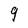
Character: 9